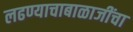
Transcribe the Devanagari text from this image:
लढण्याचाबाळाजींचा